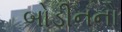
બોડીનનો